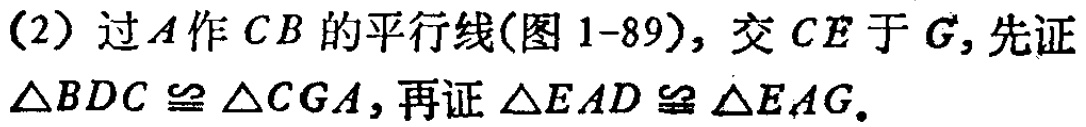
(2) 过\(A\)作\(CB\)的平行线(图1-89)，交\(CE\)于\(G\)，先证\(\triangle BDC\cong\triangle CGA\)，再证\(\triangle EAD\cong\triangle EAG\)。